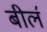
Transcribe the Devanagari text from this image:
बील॔